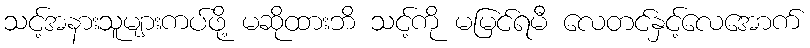
သင့်အနားသူများကပ်ဖို့ မဆိုထားဘိ သင့်ကို မမြင်ရမီ လေတင်နှင့်လေအောက်